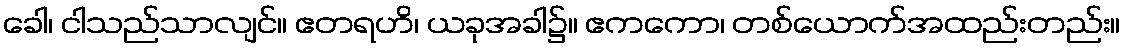
ခေါ၊ ငါသည်သာလျင်။ ဧတရဟိ၊ ယခုအခါ၌။ ဧကကော၊ တစ်ယောက်အထည်းတည်း။